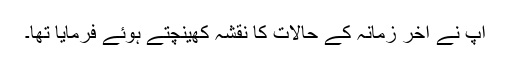
آپؐ نے آخر زمانہ کے حالات کا نقشہ کھینچتے ہوئے فرمایا تھا۔